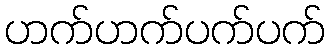
ဟက်ဟက်ပက်ပက်